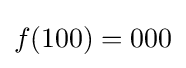
{\displaystyle f(100)=000}